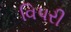
વિપરી